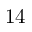
1 4